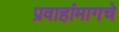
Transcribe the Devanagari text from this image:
प्रवाहांमागचे